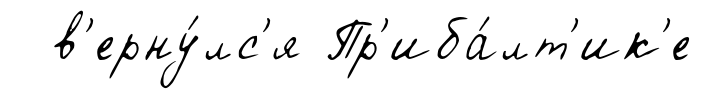
в'ерну́лс'я Пр'иба́лт'ик'е